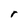
Character: r